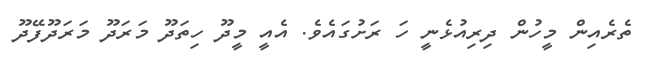
ތެރެއިން މީހުން ދިރިއުޅެނީ ހަ ރަށުގައެވެ. އެއީ މީދޫ ހިތަދޫ މަރަދޫ މަރަދޫފޭދޫ